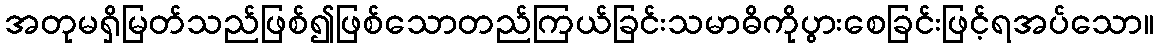
အတုမရှိမြတ်သည်ဖြစ်၍ဖြစ်သောတည်ကြယ်ခြင်းသမာဓိကိုပွားစေခြင်းဖြင့်ရအပ်သော။